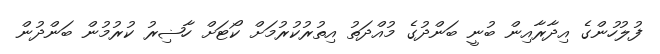
ފުލުހުންގެ އިދާރާއިން ބުނީ ބަންދުގެ މުއްދަތު އިތުރުކުރުމަށް ކޯޓަށް ހާޟިރު ކުރުމުން ބަންދުން